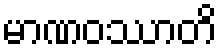
မာဏဝဿာတိ